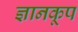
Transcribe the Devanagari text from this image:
ज्ञानकूप